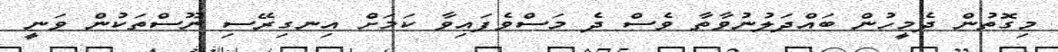
މިގޮތުން ދެމީހުން ބައްދަލުނުވާތާ ވެސް ދެ މަސްވެފައިވާ ކަމަށް އިނގިރޭސި ނޫސްތަކުން ވަނީ